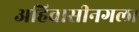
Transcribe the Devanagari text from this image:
अहिवासीनगला